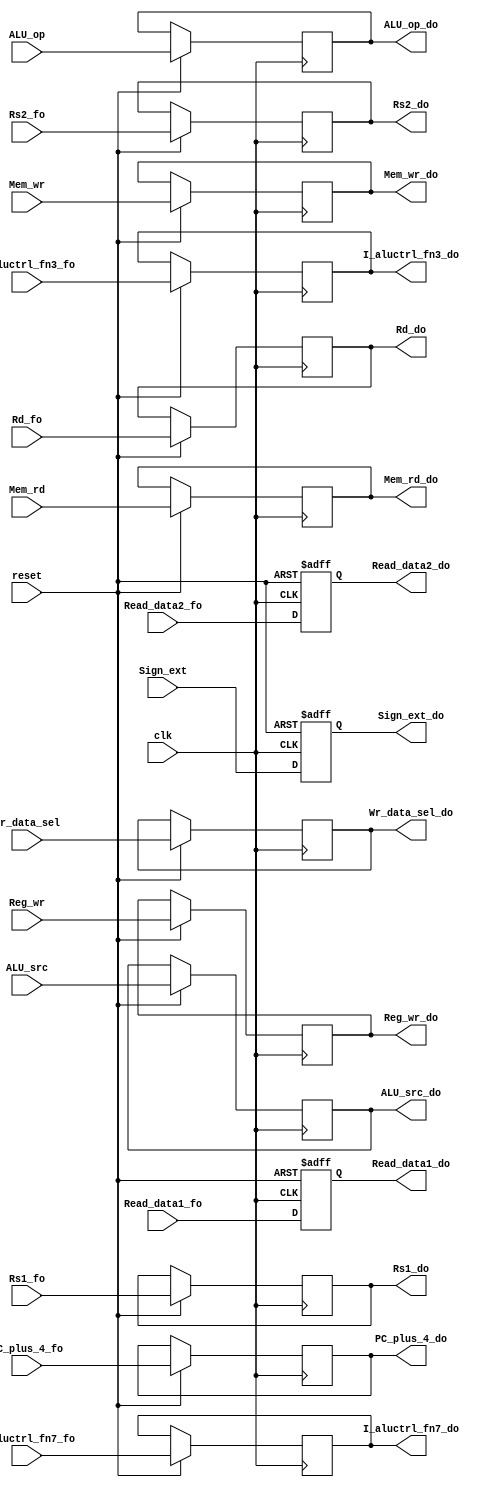
`timescale 1ns / 1ps
//fo=fetch stage output (which is decode stage input)
//do=decode stage output

module ID_EX(
input  [31:0] PC_plus_4_fo,              //PC+4 input to  ID/EX
input  [4:0] Rs1_fo,              //5 bit source reg  1 input field to ID/EX
input  [4:0] Rs2_fo,              //5 bit source reg  2 input field to ID/EX
input  [31:0] Read_data1_fo,           //32 bit Read_data1
input  [31:0] Read_data2_fo,           //32 bit Read_data2
input [31:0] Sign_ext,                       // sign extension input to ID/EX
input  [4:0] Rd_fo,                            //5 bit dest  field to ID/EX
input  [2:0]  I_aluctrl_fn7_fo,                   //3 bit concatenated fn7 I[31,30,25]  field to ID/EX
input  [2:0]  I_aluctrl_fn3_fo,                 //3 bit fn3 I[14,13,12] field to ID/EX

//Control signal inputs


input ALU_src,
input [1:0] Wr_data_sel,
input Reg_wr,
input Mem_rd,
input Mem_wr,
input [1:0] ALU_op,

input clk,
input reset,

output reg [31:0] PC_plus_4_do,          //PC+4 output from  ID/EX
output reg [31:0] Read_data1_do,          //32 bit read data  1 output field from ID/EX
output reg [31:0] Read_data2_do,          //32 bit read data  2 output field from ID/EX
output reg [31:0] Sign_ext_do,               // sign extension output from ID/EX
output reg [4:0] Rd_do,                         //5 bit dest  field from ID/EX
output reg [2:0]  I_aluctrl_fn7_do,                   //3 bit concatenated fn7 I[31,30,25]  field from ID/EX
output reg [2:0]  I_aluctrl_fn3_do,                 //3 bit fn3 I[14,13,12] field from ID/EX
output  reg [4:0] Rs1_do,              //5 bit source reg  1 output field from ID/EX
output  reg [4:0] Rs2_do,              //5 bit source reg  2 output field from ID/EX

//Control signal outputs


output reg ALU_src_do,
output reg [1:0] Wr_data_sel_do,
output reg Reg_wr_do,
output reg Mem_rd_do,
output reg Mem_wr_do,
output reg [1:0] ALU_op_do

    );
   always @(posedge clk, negedge reset)
    begin
    if(reset==0)
    begin
    Read_data1_do<=0;
    Read_data2_do<=0;
    Sign_ext_do<=0;
    
    end
    else
    begin
    Read_data1_do<=Read_data1_fo;
    Read_data2_do<=Read_data2_fo;
    Sign_ext_do<=Sign_ext;
    Rs1_do<=Rs1_fo;
    Rs2_do<=Rs2_fo;
    PC_plus_4_do<=PC_plus_4_fo;
    Rd_do<=Rd_fo;
    I_aluctrl_fn7_do<=I_aluctrl_fn7_fo;
    I_aluctrl_fn3_do<=I_aluctrl_fn3_fo;
    
    
    ALU_src_do<=ALU_src;
    Wr_data_sel_do<=Wr_data_sel;
    Reg_wr_do<=Reg_wr;
    Mem_rd_do<=Mem_rd;
    Mem_wr_do<=Mem_wr;
    ALU_op_do<=ALU_op;
    
    end
    end
endmodule